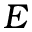
E